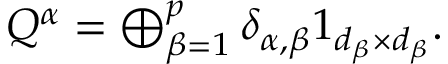
\begin{array} { r } { Q ^ { \alpha } = \bigoplus _ { \beta = 1 } ^ { p } \delta _ { \alpha , \beta } \boldsymbol { 1 } _ { d _ { \beta } \times d _ { \beta } } . } \end{array}